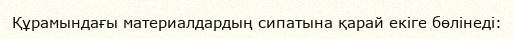
Құрамындағы материалдардың сипатына қарай екіге бөлінеді: